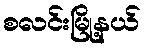
စလင်းမြို့နယ်